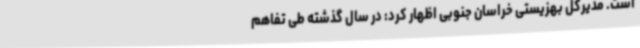
است. مدیرکل بهزیستی خراسان جنوبی اظهار کرد: در سال گذشته طی تفاهم